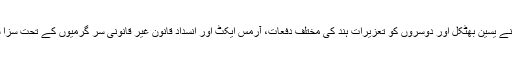
عدالت نے یسین بھٹکل اور دوسروں کو تعزیرات ہند کی مختلف دفعات، آرمس ایکٹ اور انسداد قانون غیر قانونی سر گرمیوں کے تحت سزا سنائی ۔